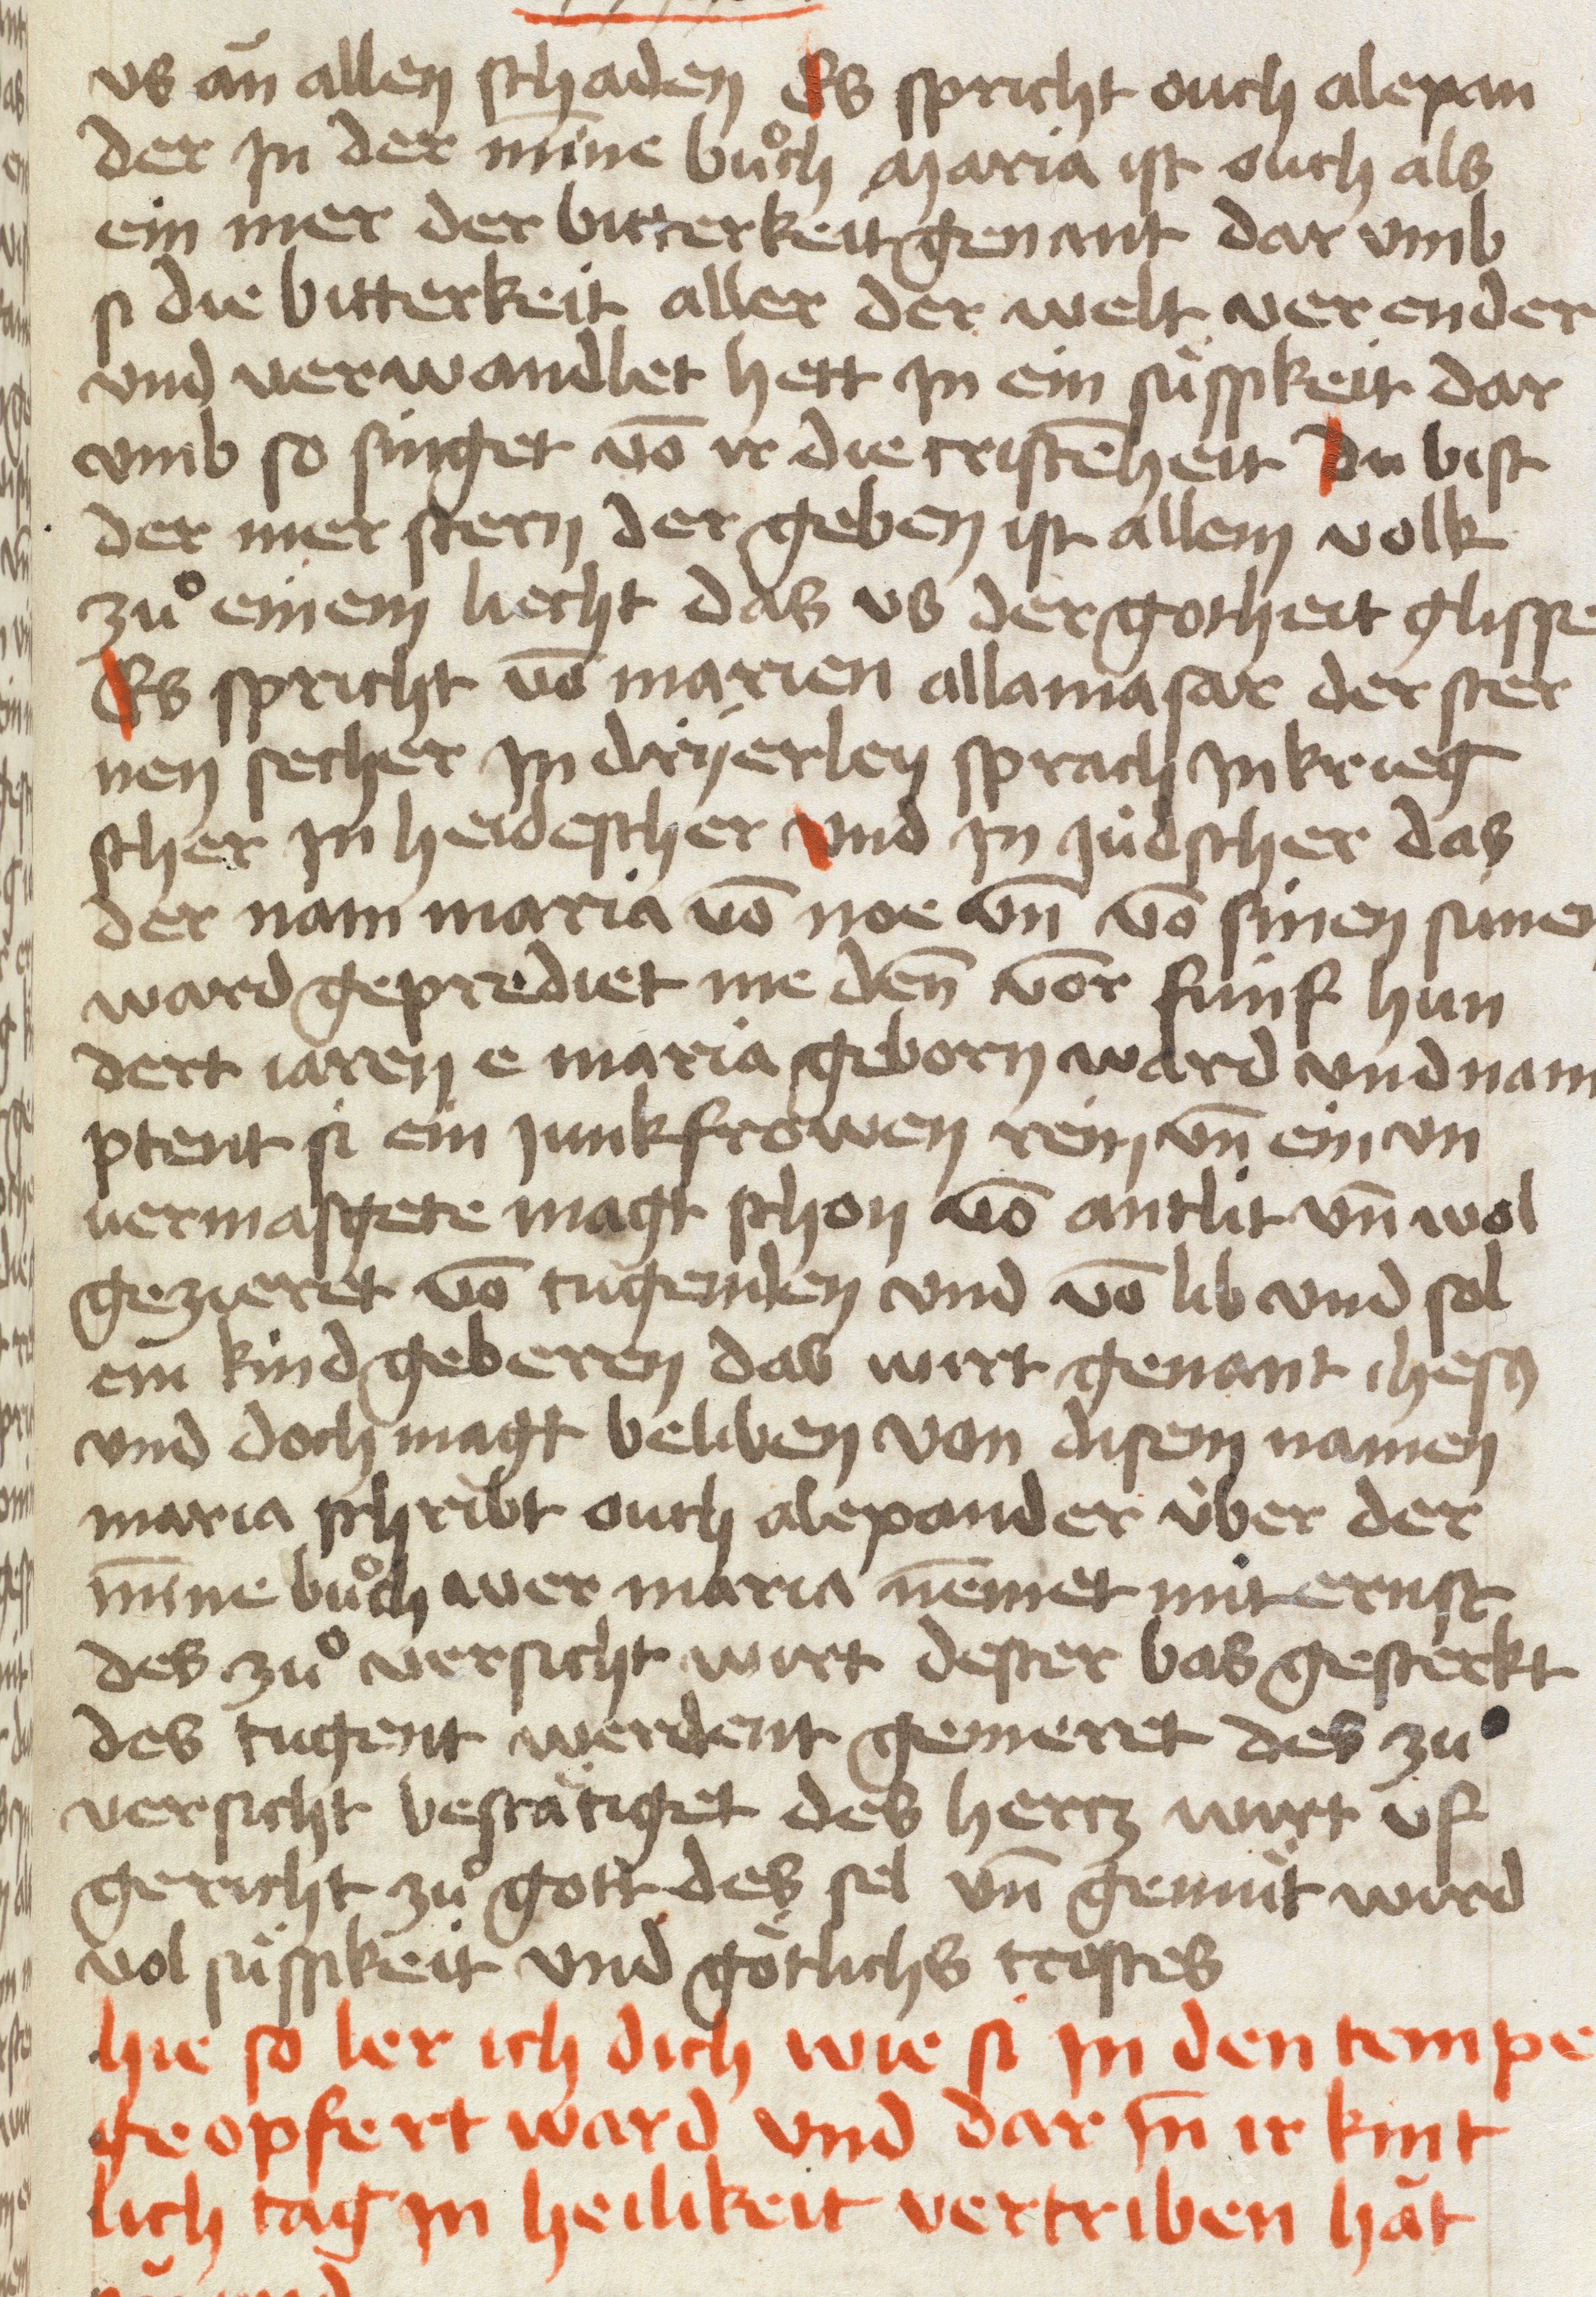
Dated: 1454–1454